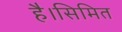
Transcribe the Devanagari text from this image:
है।सिमित